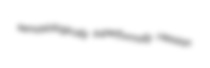
semasiologically superformally Hessian